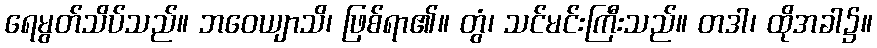
ရေမွတ်သိပ်သည်။ ဘဝေယျာသိ၊ ဖြစ်ရာ၏။ တွံ၊ သင်မင်းကြီးသည်။ တဒါ၊ ထိုအခါ၌။